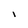
Character: l